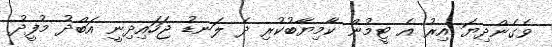
ވެގެންދިޔަ އިރު އެ ޓީމުން ކާމިޔާބުކުރި ދެ ލަނޑު ޖަހައިދިނީ އަބްދު މުފީދު